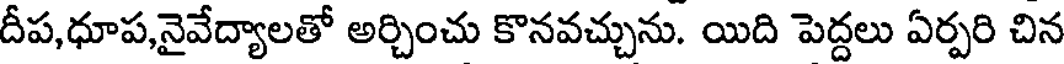
దీప,ధూప,నైవేద్యాలతో అర్చించు కొనవచ్చును. యిది పెద్దలు ఏర్పరి చిన